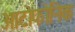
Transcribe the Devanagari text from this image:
आटोफोनिक